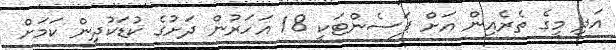
އަދި މީގެ ތެރެއިން އަށް ޕަސެންޓަކީ 18 އަހަރުން ދަށުގެ ކުޑަކުދިން ކަމަށް